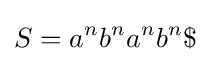
S=a^{n}b^{n}a^{n}b^{n}\$